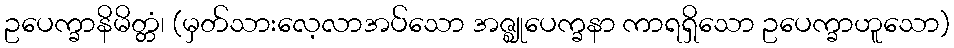
ဥပေက္ခာနိမိတ္တံ၊ (မှတ်သားလေ့လာအပ်သော အဇ္ဈုပေက္ခနာ ကာရရှိသော ဥပေက္ခာဟူသော)